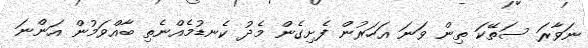
ނަވާރަ ސަތޭކަ ތިން ވަނަ އަހަރުން ފެށިގެން މެދު ކެނޑުމެއްނެތި ބާއްވަމުން އަންނަ